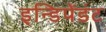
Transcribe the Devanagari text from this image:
इन्डिपेंडंट